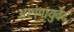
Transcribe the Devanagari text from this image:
अष्टांगायुर्वेद